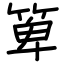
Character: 箄